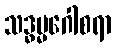
သဒ္ဓမ္မဂေါစရာ